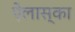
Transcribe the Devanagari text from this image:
ऐलास्का